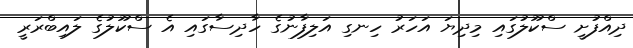
ދިއްފުށީ ސްކޫލުގައި މިދިޔަ އަހަރު ހިނގި އަލިފާނުގެ ހާދިސާގައި އެ ސްކޫލުގެ ލައިބްރަރީ